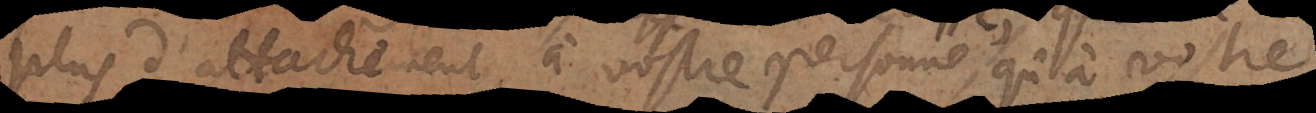
plus d’attachement à vostre personne, qu’à vostre